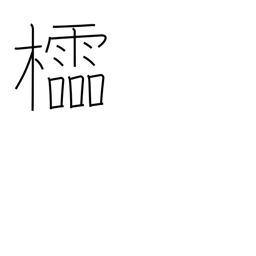
Meaning: latticework